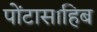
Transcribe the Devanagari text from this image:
पोंटासाहिब